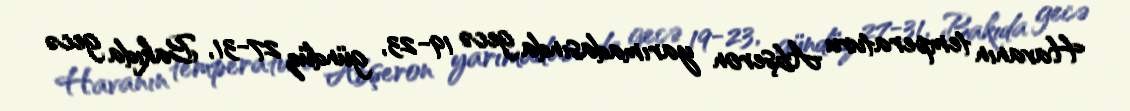
Havanın temperaturu Abşeron yarımadasında gecə 19-23, gündüz 27-31, Bakıda gecə